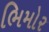
ભિમોર